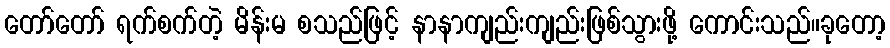
တော်တော် ရက်စက်တဲ့ မိန်းမ စသည်ဖြင့် နာနာကျည်းကျည်းဖြစ်သွားဖို့ ကောင်းသည်။ခုတော့